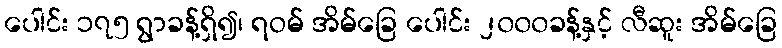
ပေါင်း ၁၇၅ ရွာခန့်ရှိ၍၊ ရဝမ် အိမ်ခြေ ပေါင်း ၂၀၀၀ခန့်နှင့် လီဆူး အိမ်ခြေ